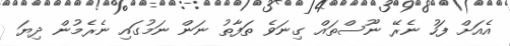
އެއަށް ފަހު ނެރޭ ނޫސްތައް ގިނަވެ ތަފާތު ނަން ނަމުގައި ނެރެމުން ދިޔަ